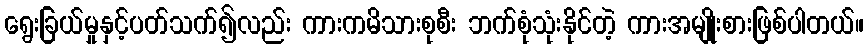
ရွေးခြယ်မှုနှင့်ပတ်သက်၍လည်း ကားကမိသားစုစီး ဘက်စုံသုံးနိုင်တဲ့ ကားအမျိုးစားဖြစ်ပါတယ်။